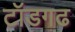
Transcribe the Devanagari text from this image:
टॉडगढ